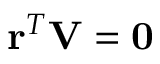
\mathbf { r } ^ { T } \mathbf { V } = \mathbf { 0 }